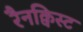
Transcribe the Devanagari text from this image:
रैनक्विस्ट